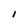
Character: I